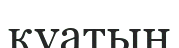
қуатың